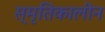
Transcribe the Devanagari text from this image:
स्मृतिकालीन